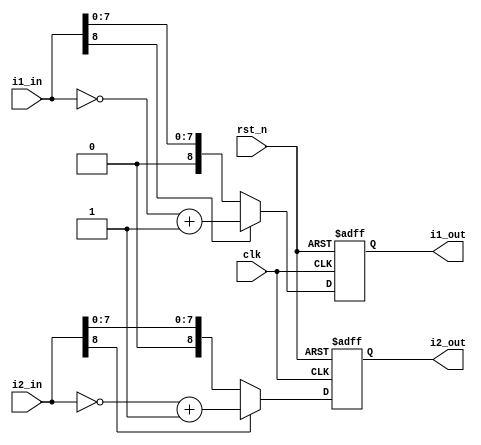
module lut_positive_module(
    clk,
    rst_n,
    i1_in,
    i2_in,
    i1_out,
    i2_out
    );
    
    input clk;
    input rst_n;
    
    input [8:0]i1_in;
    input [8:0]i2_in;
    
    output [8:0]i1_out;
    output [8:0]i2_out;
    
    /***********************/
    
    reg [8:0]i1;
    reg [8:0]i2;
    
    always @(posedge clk or negedge rst_n) begin
        if (!rst_n) begin
            i1 <= 9'd0;
            i2 <= 9'd0;
        end
        else begin
            i1 <= i1_in[8] ? (~i1_in + 1'b1) : i1_in;
            i2 <= i2_in[8] ? (~i2_in + 1'b1) : i2_in;
        end
    end
    
    assign i1_out = i1;
    assign i2_out = i2;
    
endmodule